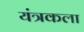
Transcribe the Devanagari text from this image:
यंत्रकला